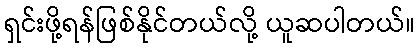
ရှင်းဖို့ရန်ဖြစ်နိုင်တယ်လို့ ယူဆပါတယ်။